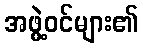
အဖွဲ့ဝင်များ၏